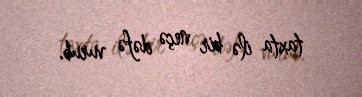
taxta ilə bir neçə dəfə vurub.